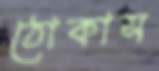
ঠোকাস